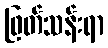
ဖြတ်သန်းရာ